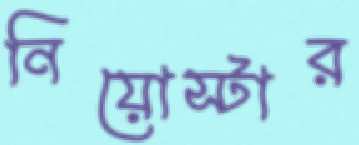
নিয়োস্টার